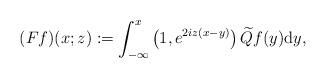
LaTeX: \begin{align*}(Ff)(x;z):=\int_{-\infty}^x\left(1,e^{2iz(x-y)}\right)\widetilde{Q} f(y)\mathrm{d}y,\end{align*}